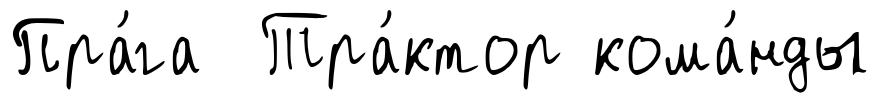
Пра́га Тра́ктор кома́нды